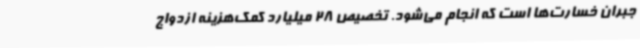
جبران خسارت‌ها است که انجام می‌شود. تخصیص 28 میلیارد کمک‌هزینه ازدواج